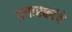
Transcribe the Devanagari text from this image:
प्रचारकांचे